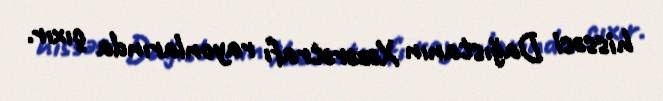
hissəsi Dağıstanın Xəzərətrafı rayonlarında çıxır.